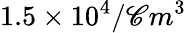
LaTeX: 1.5\times10^{4}/\mathscr{C}m^{3}